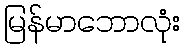
မြန်မာဘောလုံး